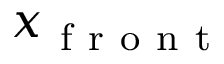
x _ { \mathrm { ~ f ~ r ~ o ~ n ~ t ~ } }